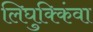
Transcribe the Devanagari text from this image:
लिघुक्किंवा